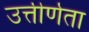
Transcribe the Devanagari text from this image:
उत्तीर्णता